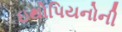
ઇથોપિયનોની